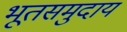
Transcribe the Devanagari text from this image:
भूतसमुदाय